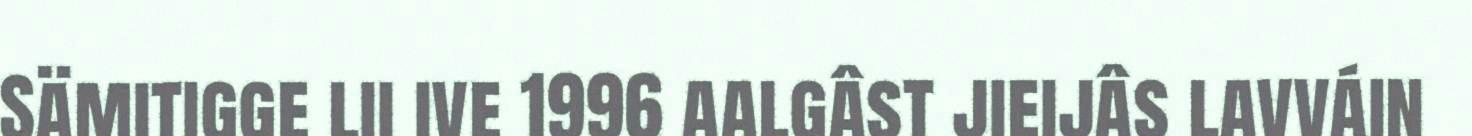
Sämitigge lii ive 1996 aalgâst jieijâs lavváin